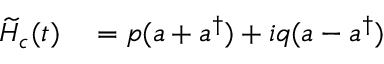
\begin{array} { r l } { \widetilde { H } _ { c } ( t ) } & { { } = p ( a + a ^ { \dagger } ) + i q ( a - a ^ { \dagger } ) } \end{array}